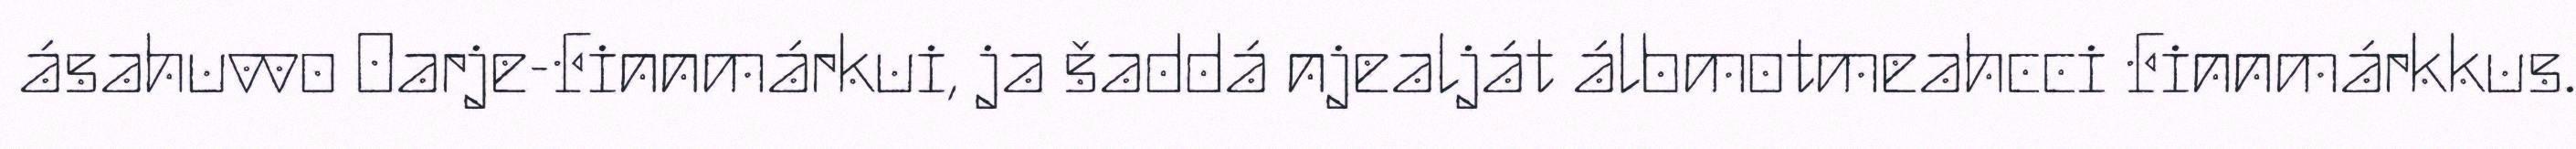
ásahuvvo Oarje-Finnmárkui, ja šaddá njealját álbmotmeahcci Finnmárkkus.